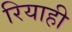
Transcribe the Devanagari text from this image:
रियाही